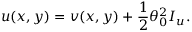
u ( x , y ) = v ( x , y ) + \frac { 1 } { 2 } \theta _ { 0 } ^ { 2 } I _ { u } .